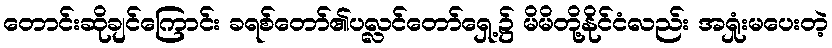
တောင်းဆိုချင်ကြောင်း ခရစ်တော်၏ပလ္လင်တော်ရှေ့၌ မိမိတို့နိုင်ငံလည်း အရှုံးမပေးတဲ့